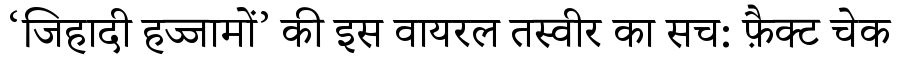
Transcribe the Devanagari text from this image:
‘जिहादी हज्जामों’ की इस वायरल तस्वीर का सच: फ़ैक्ट चेक